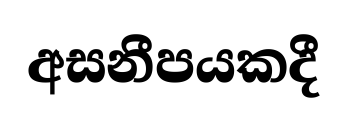
අසනීපයකදී